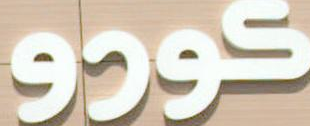
كورو